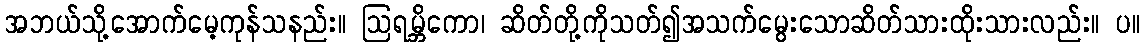
အဘယ်သို့အောက်မေ့ကုန်သနည်း။ ဩရမ္ဘိကော၊ ဆိတ်တို့ကိုသတ်၍အသက်မွေးသောဆိတ်သားထိုးသားလည်း။ ပ။